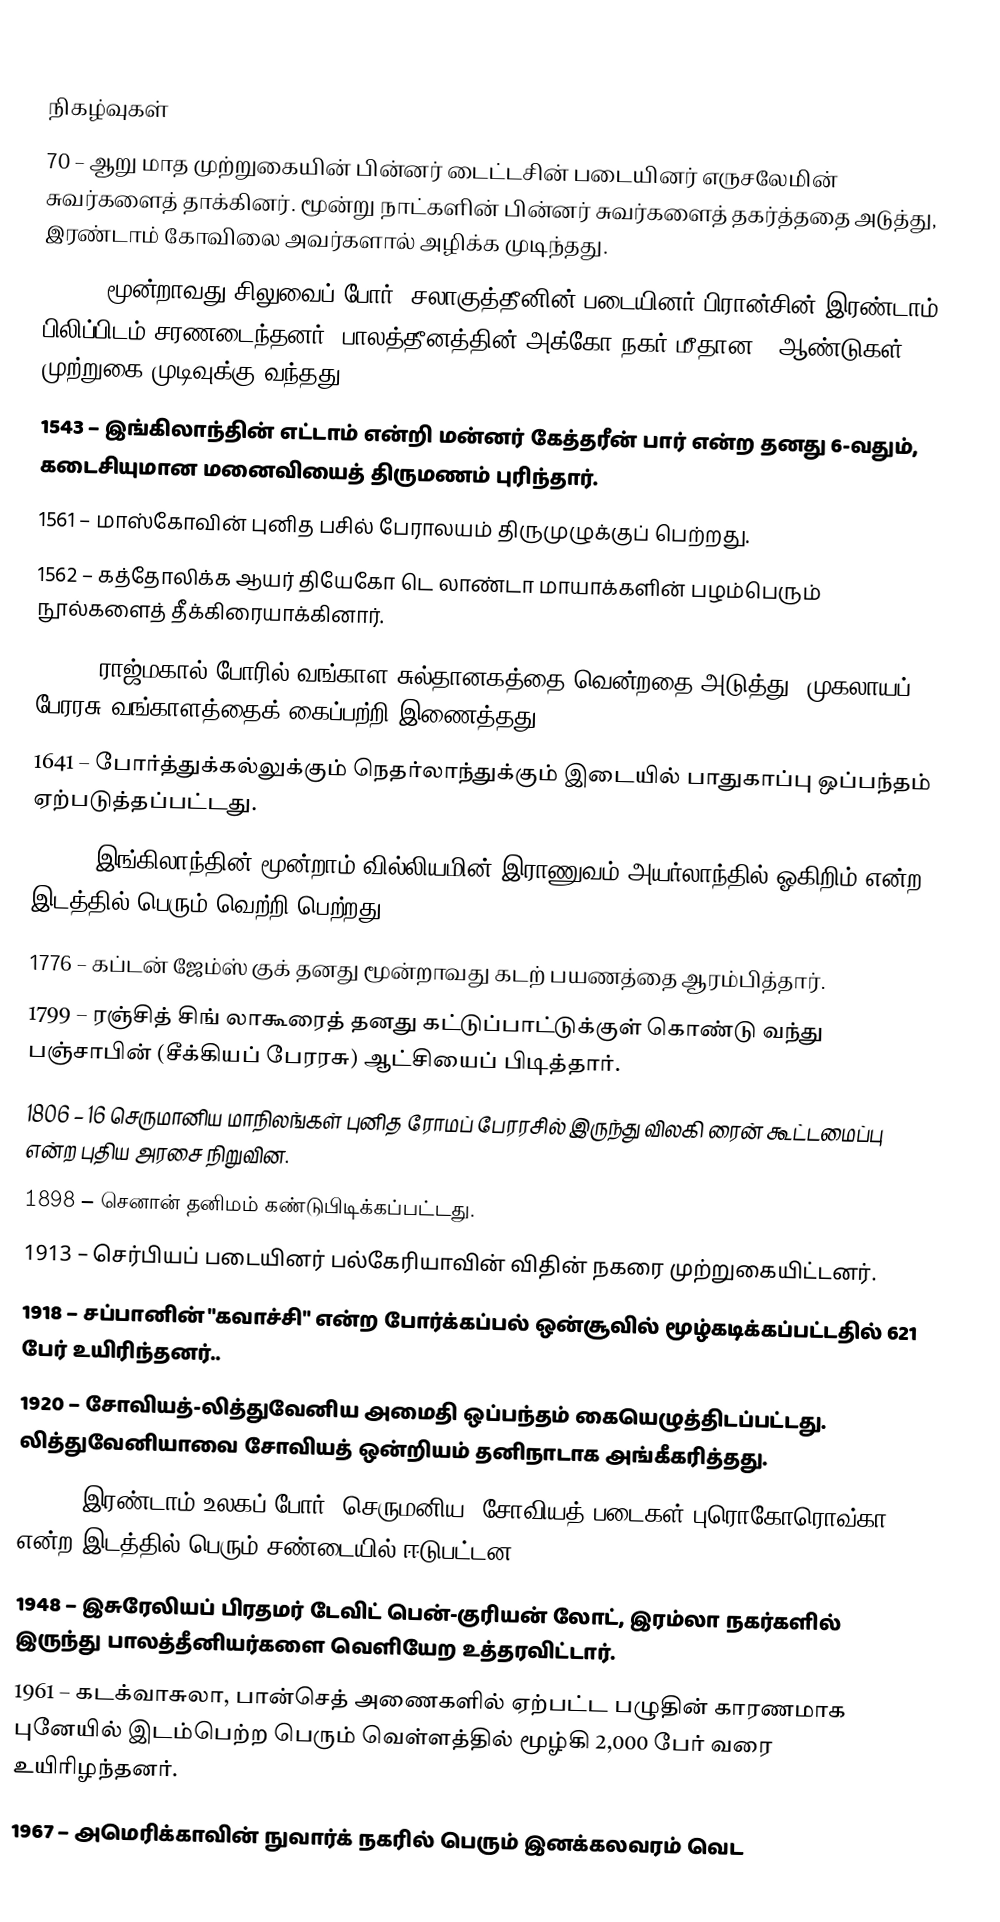

நிகழ்வுகள்
70 – ஆறு மாத முற்றுகையின் பின்னர் டைட்டசின் படையினர் எருசலேமின் சுவர்களைத் தாக்கினர். மூன்று நாட்களின் பின்னர் சுவர்களைத் தகர்த்ததை அடுத்து, இரண்டாம் கோவிலை அவர்களால் அழிக்க முடிந்தது.
1191 – மூன்றாவது சிலுவைப் போர்: சலாகுத்தீனின் படையினர் பிரான்சின் இரண்டாம் பிலிப்பிடம் சரணடைந்தனர். பாலத்தீனத்தின் அக்கோ நகர் மீதான 2 ஆண்டுகள் முற்றுகை முடிவுக்கு வந்தது.
1543 – இங்கிலாந்தின் எட்டாம் என்றி மன்னர் கேத்தரீன் பார் என்ற தனது 6-வதும், கடைசியுமான மனைவியைத் திருமணம் புரிந்தார்.
1561 – மாஸ்கோவின் புனித பசில் பேராலயம் திருமுழுக்குப் பெற்றது.
1562 – கத்தோலிக்க ஆயர் தியேகோ டெ லாண்டா மாயாக்களின் பழம்பெரும் நூல்களைத் தீக்கிரையாக்கினார்.
1576 – ராஜ்மகால் போரில் வங்காள சுல்தானகத்தை வென்றதை அடுத்து, முகலாயப் பேரரசு வங்காளத்தைக் கைப்பற்றி இணைத்தது.
1641 – போர்த்துக்கல்லுக்கும் நெதர்லாந்துக்கும் இடையில் பாதுகாப்பு ஒப்பந்தம் ஏற்படுத்தப்பட்டது.
1691 – இங்கிலாந்தின் மூன்றாம் வில்லியமின் இராணுவம் அயர்லாந்தில் ஓகிறிம் என்ற இடத்தில் பெரும் வெற்றி பெற்றது.
1776 – கப்டன் ஜேம்ஸ் குக் தனது மூன்றாவது கடற் பயணத்தை ஆரம்பித்தார்.
1799 – ரஞ்சித் சிங் லாகூரைத் தனது கட்டுப்பாட்டுக்குள் கொண்டு வந்து பஞ்சாபின் (சீக்கியப் பேரரசு) ஆட்சியைப் பிடித்தார்.
1806 – 16 செருமானிய மாநிலங்கள் புனித ரோமப் பேரரசில் இருந்து விலகி ரைன் கூட்டமைப்பு என்ற புதிய அரசை நிறுவின.
1898 – செனான் தனிமம் கண்டுபிடிக்கப்பட்டது.
1913 – செர்பியப் படையினர் பல்கேரியாவின் விதின் நகரை முற்றுகையிட்டனர்.
1918 – சப்பானின் "கவாச்சி" என்ற போர்க்கப்பல் ஒன்சூவில் மூழ்கடிக்கப்பட்டதில் 621 பேர் உயிரிந்தனர்..
1920 – சோவியத்-லித்துவேனிய அமைதி ஒப்பந்தம் கையெழுத்திடப்பட்டது. லித்துவேனியாவை சோவியத் ஒன்றியம் தனிநாடாக அங்கீகரித்தது.
1943 – இரண்டாம் உலகப் போர்: செருமனிய, சோவியத் படைகள் புரொகோரொவ்கா என்ற இடத்தில் பெரும் சண்டையில் ஈடுபட்டன.
1948 – இசுரேலியப் பிரதமர் டேவிட் பென்-குரியன் லோட், இரம்லா நகர்களில் இருந்து பாலத்தீனியர்களை வெளியேற உத்தரவிட்டார்.
1961 – கடக்வாசுலா, பான்செத் அணைகளில் ஏற்பட்ட பழுதின் காரணமாக புனேயில் இடம்பெற்ற பெரும் வெள்ளத்தில் மூழ்கி 2,000 பேர் வரை உயிரிழந்தனர்.
1967 – அமெரிக்காவின் நுவார்க் நகரில் பெரும் இனக்கலவரம் வெட